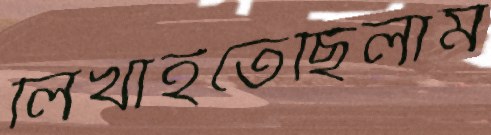
লিখাইতেছিলাম